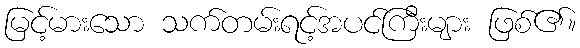
မြင့်မားသော သက်တမ်းရင့်အပင်ကြီးများ ဖြစ်၏။